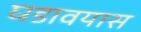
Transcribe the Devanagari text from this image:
घडावयास